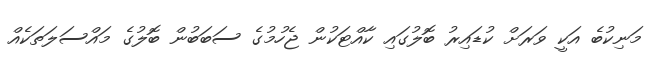
މަނިކުބެ އަކީ ވަރަށް ކުޑައިރު ބޮލުގައި ކާއްޓަކުން ޖެހުމުގެ ސަބަބުން ބޮލުގެ މައްސަލަތަކެއް